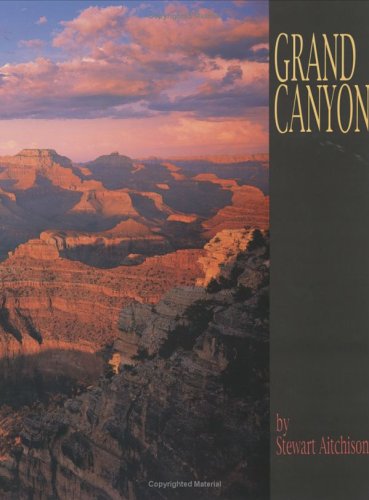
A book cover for Grand Canyon: Window of Time; Stewart Aitchison; Travel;